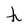
Character: h